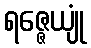
ရဇ္ဇေယျုံ